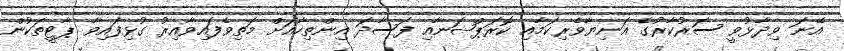
އޭނަ ވިދާޅުވީ ސަރުކާރުގެ އަނިޔާވެރިކަމާއި ކޮރަޕްޝަނާއި ފަސާދަ އިންތިހާއަށް މަތިވެފައިވާއިރު ގުޅިފައިވާ ޕާޓީތަކުން